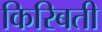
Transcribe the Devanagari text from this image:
किरिबती